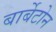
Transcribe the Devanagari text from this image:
बार्बेटोन